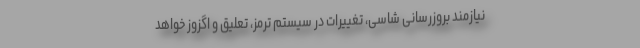
نیازمند بروزرسانی شاسی، تغییرات در سیستم ترمز، تعلیق و اگزوز خواهد